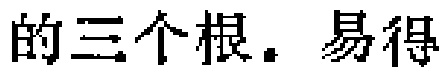
的三个根. 易得